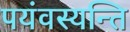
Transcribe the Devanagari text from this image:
पयंवस्यन्ति